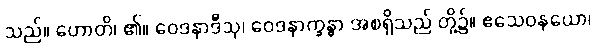
သည်။ ဟောတိ၊ ၏။ ဝေဒနာဒီသု၊ ဝေဒနာက္ခန္ဓာ အစရှိသည် တို့၌။ ဧသေဝနယော၊